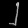
Digit: ၂